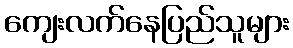
ကျေးလက်နေပြည်သူများ